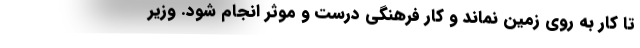
تا کار به روی زمین نماند و کار فرهنگی درست و موثر انجام شود. وزیر